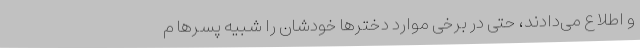
و اطلاع می‌دادند، حتی در برخی موارد دخترها خودشان را شبیه پسرها م